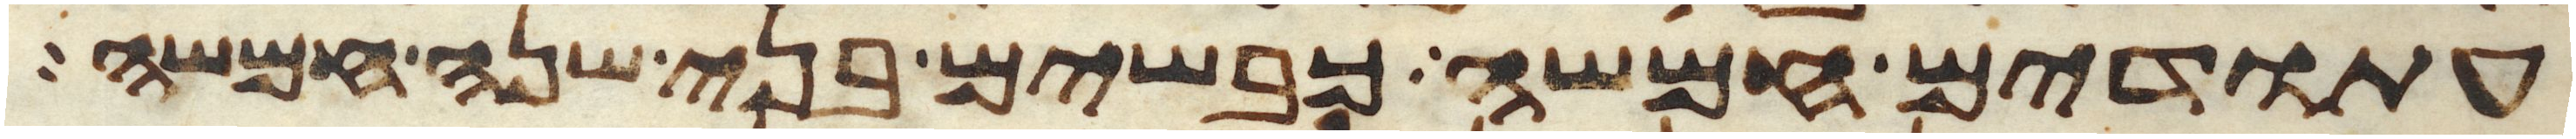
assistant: עתודים חמשה כבשים בני שנה חמשה